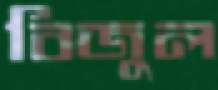
বিজুল